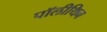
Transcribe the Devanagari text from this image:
पॉलीथिन